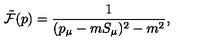
{ \tilde { \cal F } } ( p ) = \frac { 1 } { ( p _ { \mu } - m S _ { \mu } ) ^ { 2 } - m ^ { 2 } } ,